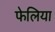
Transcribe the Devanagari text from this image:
फेलिया